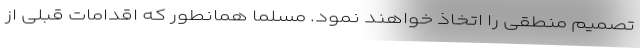
تصمیم منطقی را اتخاذ خواهند نمود. مسلما همانطور که اقدامات قبلی از